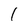
Character: 1